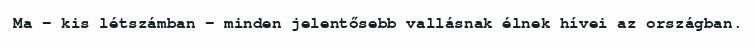
Ma – kis létszámban – minden jelentősebb vallásnak élnek hívei az országban.